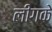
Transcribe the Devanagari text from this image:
लीगके